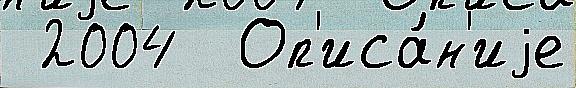
 2004  Оп'иса́н'иjе